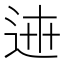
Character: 𨓄